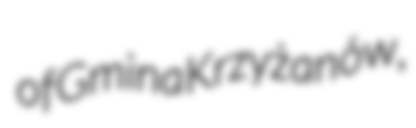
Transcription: of Gmina Krzyżanów,